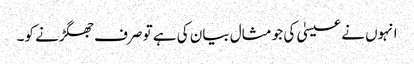
انہوں نے عیسیٰ کی جو مثال بیان کی ہے تو صرف جھگڑنے کو۔